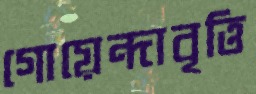
গোয়েন্দাবৃত্তি